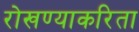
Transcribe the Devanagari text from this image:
रोखण्याकरिता